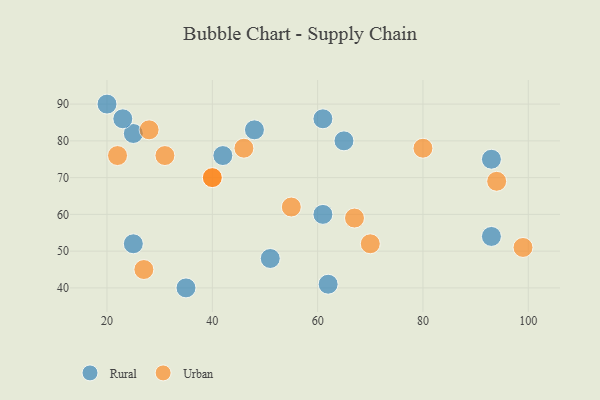
{"axis": {"x": "GDP", "y": "Life Expectancy"}, "legend": ["Rural", "Urban"], "data": [{"x": "25", "y": 82, "type": "Rural"}, {"x": "65", "y": 80, "type": "Rural"}, {"x": "93", "y": 54, "type": "Rural"}, {"x": "25", "y": 52, "type": "Rural"}, {"x": "51", "y": 48, "type": "Rural"}, {"x": "20", "y": 90, "type": "Rural"}, {"x": "35", "y": 40, "type": "Rural"}, {"x": "61", "y": 86, "type": "Rural"}, {"x": "61", "y": 60, "type": "Rural"}, {"x": "42", "y": 76, "type": "Rural"}, {"x": "23", "y": 86, "type": "Rural"}, {"x": "48", "y": 83, "type": "Rural"}, {"x": "93", "y": 75, "type": "Rural"}, {"x": "62", "y": 41, "type": "Rural"}, {"x": "28", "y": 83, "type": "Urban"}, {"x": "70", "y": 52, "type": "Urban"}, {"x": "94", "y": 69, "type": "Urban"}, {"x": "67", "y": 59, "type": "Urban"}, {"x": "99", "y": 51, "type": "Urban"}, {"x": "31", "y": 76, "type": "Urban"}, {"x": "55", "y": 62, "type": "Urban"}, {"x": "40", "y": 70, "type": "Urban"}, {"x": "46", "y": 78, "type": "Urban"}, {"x": "80", "y": 78, "type": "Urban"}, {"x": "40", "y": 70, "type": "Urban"}, {"x": "27", "y": 45, "type": "Urban"}, {"x": "22", "y": 76, "type": "Urban"}]}